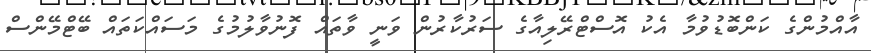
އާއްމުންގެ ކަންބޮޑުވުމާ އެކު އޮސްޓްރޭލިއާގެ ސަރުކާރުން ވަނީ ވާތައް ފޮނުވާލުމުގެ މަސައްކަތައް ބޭޓްމޭންސް